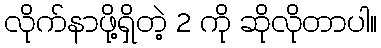
လိုက်နာဖို့ရှိတဲ့ 2 ကို ဆိုလိုတာပါ။